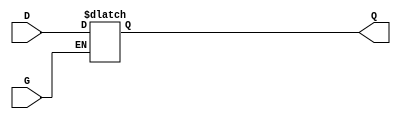
module gated_transparent_latch (
    input wire D,      // Data input
    input wire G,      // Gate/Enable input
    output reg Q       // Output
);

// Process block to model the behavior of the latch
always @(*) begin
    if (G) begin
        Q = D;  // When G is high, output follows D
    end else begin
        // When G is low, hold the last value of Q
        // Q retains its previous value
        Q = Q;  // This line is optional as it implies no change
    end
end

endmodule